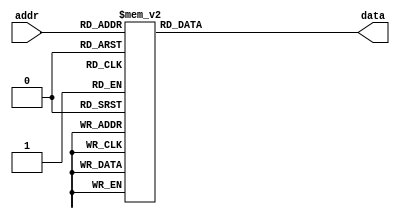
`timescale 1ns / 1ps
//////////////////////////////////////////////////////////////////////////////////
// Company: 
// Engineer: 
// 
// Design Name: 
// Module Name:    vgachr 
// Project Name: 
// Target Devices: 
// Tool versions: 
// Description: 
//
// Dependencies: 
//
// Revision: 
// Revision 0.01 - File Created
// Additional Comments: 
//
// Simulation plugs exist in this code. Look for "????? SIMULATION PLUG"
//
// Debug plugs exist in this code. Look for "????? DEBUG PLUG"
//
//////////////////////////////////////////////////////////////////////////////////

////////////////////////////////////////////////////////////////////////////////
//
// TERMINAL EMULATOR
//
// Emulates an ADM 3A dumb terminal, with a MITS serial I/O board interface.
// Two ports are emulated:
//
// 0: Control
// 1: Data
//
// The MITS serial card has all of its configuration performed by jumpers on the
// card, which means there is no programming configuration required. The data
// to the terminal is sent out of the data port, while the data from the 
// keyboard, which is not yet implemented, is read from the same data port.
// The parity is ignored on output, and set to 0 on input.
//
// The control register ignores all writes, and returns $80 if the terminal is
// busy, otherwise $00. This is the output ready to send bit. The busy bit
// reflects if the state machine is processing an operation. This is a cheat
// that only works with our emulated terminal/serial board pair, because 
// normally there is no way for the local CPU to know that the remote terminal
// is busy. This can lead to problems in the real world, and it's why Unix
// "termcap" terminal descriptions commonly have waiting periods perscribed
// time consuming operations like screen clear. This emulated terminal is
// "ideal" in that it accounts for all of this automatically, but it does not
// hurt the realisim of the emulation. An application that performs delays based
// on real terminal operations won't be incorrect because it performs a delay,
// but a stupid application that relies on this "smart" implementation might
// fail to run on the real thing.
//
// The ADM 3A terminal emulation is based on "ADM-3A Operators manual" of 1979,
// and "ADM 3A Dumb Terminal Users Reference Manual" of April, 1986, and the
// Unix termcap definition of the terminal.
//
// Several actions of terminals are typically not listed in the documentation,
// and the ADM 3A is no different. That's why termcap exists. The following
// actions were derived from the termcap definition:
//
// 1. The screen clear command also homes the cursor.
// 2. Giving the terminal a right cursor command while at the right side of the
// 3. Screen wraps the cursor around to the right, one line down. If the cursor
//    is at the 80th collumn of the 24th line, it will then scroll.
// 4. Down cursor (line feed) on the 24th line scrolls the screen.
//
// Note that rule (3) causes the terminal to be unable to ever write a character
// to the collumn 80 character of line 24, which is interesting if you are
// writing a full screen editor. The ADM 3A had a switch for this behavior, but
// the user could hardly be expected to open the side panel and flip this switch
// to be able to edit.
//
// The following actions are unknown:
//
// 1. A cursor left command given when the cursor is at the left side of the 
//    screen has unknown effect. According to termcap, it is not to go to the
//    end of the next line up. I have guessed here that it is to simply
//    refuse to move.
// 2. A cursor up command given when the cursor is at the top of the screen
//    has unknown effect. I have guessed here that is is to simply refuse to
//    move.
//
// These are terminal features there are no plans to implement:
//
// 1. ENQ or answerback mode. This appears to require operator setup, the manual
// does not specify any useful default value for the 32 byte answerback, 
// otherwise it might serve as sort of an early plug and play. If there is an
// application out there that uses this, I would put it in.
// 2. Bell (where would it go?).
// 3. Ctrl-N and Ctrl-O keyboard locking and extention port. I'm not sure 
// locking has a good use, nor is all that great an idea.
// 4. Any of the setup modes or features, as operated by the keyboard.
//
// Not implemented in this version:
//
// 1. Reduced intensity mode.
// 2. Graphics mode.
//
// The ADM 3A terminal will pretty much serve as an upward compatible version
// of the ASR-33 teletypes (Western Union Surplus) that were also commonly used
// in the time of the Altair. The ADM 3A was a common replacement for such
// units.
//
// Bugs/problems/issues:
//
// 1. The emulation was occasionally observed to hang. The CPU was still running
// and polling the keyboard, but no reply is received when keys are hit. The rdy
// signal is not coming from the low level keyboard logic.
// 2. Cursor left at left hand side does not refuse to move (see above).
// 3. moving to the 80th collum on line 24 and typing a character does not cause
// the screen to scroll.
// 4. On sign-on, the first two characters are missing the top row. I suspect
// this is due to the start of frame character preloading that is done.
// 5. \ESCGc or set attributes does not work from the keyboard unless you hit
// caps lock or hold the shift key down before and after the escape. It should
// work anytime the upper case G is hit.
//

//
// Terminal height and width
//
`define scnchrs 80 // width
`define scnlins 24 // height

//
// Terminal states
//
`define term_idle    5'h00 // idle
`define term_wrtstd2 5'h01 // write standard character #2
`define term_wrtstd3 5'h02 // write standard character #3
`define term_wrtstd4 5'h03 // write standard character #4
`define term_clear   5'h04 // clear screen and home cursor
`define term_clear2  5'h05 // clear screen and home cursor #2
`define term_clear3  5'h06 // clear screen and home cursor #3
`define term_clear4  5'h07 // clear screen and home cursor #4
`define term_fndstr  5'h08 // find start of current line
`define term_scroll  5'h09 // scroll screen
`define term_scroll1 5'h0a // scroll screen #1
`define term_scroll2 5'h0b // scroll screen #2
`define term_scroll3 5'h0c // scroll screen #3
`define term_scroll4 5'h0d // scroll screen #4
`define term_scroll5 5'h0e // scroll screen #5
`define term_scroll6 5'h0f // scroll screen #6
`define term_esc     5'h10 // escape
`define term_poscur  5'h11 // position cursor
`define term_poscur2 5'h12 // position cursor #2
`define term_attset  5'h13 // set screen attributes

//
// Terminal attribute bits
//
`define attr_blank   5'b00001 // blank
`define attr_blink   5'b00010 // blink
`define attr_reverse 5'b00100 // reverse
`define attr_under   5'b01000 // underline
`define attr_rinten  5'b10000 // reduced intensity

module scnrom(addr, data);

   input  [7:0] addr;
   output [7:0] data;

   reg [7:0]  data;

   always @(addr) case (addr)

      8'h00: data = 8'h00; // 
      8'h01: data = 8'h00; // f9
      8'h02: data = 8'h00; // 
      8'h03: data = 8'h00; // f5
      8'h04: data = 8'h00; // f3
      8'h05: data = 8'h00; // f1
      8'h06: data = 8'h00; // f2
      8'h07: data = 8'h00; // f12
      8'h08: data = 8'h00; // 
      8'h09: data = 8'h00; // f10
      8'h0A: data = 8'h00; // f8
      8'h0B: data = 8'h00; // f6
      8'h0C: data = 8'h00; // f4
      8'h0D: data = 8'h09; // tab
      8'h0E: data = 8'h60; // `
      8'h0F: data = 8'h00; // 
      8'h10: data = 8'h00; // 
      8'h11: data = 8'h00; // lft alt
      8'h12: data = 8'h00; // lft shift
      8'h13: data = 8'h00; // 
      8'h14: data = 8'h00; // left ctl
      8'h15: data = 8'h71; // q
      8'h16: data = 8'h31; // 1
      8'h17: data = 8'h00; // 
      8'h18: data = 8'h00; // 
      8'h19: data = 8'h00; // 
      8'h1A: data = 8'h7a; // z
      8'h1B: data = 8'h73; // s
      8'h1C: data = 8'h61; // a
      8'h1D: data = 8'h77; // w
      8'h1E: data = 8'h32; // 2
      8'h1F: data = 8'h00; // 
      8'h20: data = 8'h00; // 
      8'h21: data = 8'h63; // c
      8'h22: data = 8'h78; // x
      8'h23: data = 8'h64; // d
      8'h24: data = 8'h65; // e
      8'h25: data = 8'h34; // 4
      8'h26: data = 8'h33; // 3
      8'h27: data = 8'h00; // 
      8'h28: data = 8'h00; // 
      8'h29: data = 8'h20; // sp
      8'h2A: data = 8'h76; // v
      8'h2B: data = 8'h66; // f
      8'h2C: data = 8'h74; // t
      8'h2D: data = 8'h72; // r
      8'h2E: data = 8'h35; // 5
      8'h2F: data = 8'h00; // 
      8'h30: data = 8'h00; // 
      8'h31: data = 8'h6e; // n
      8'h32: data = 8'h62; // b
      8'h33: data = 8'h68; // h
      8'h34: data = 8'h67; // g
      8'h35: data = 8'h79; // y
      8'h36: data = 8'h36; // 6
      8'h37: data = 8'h00; // 
      8'h38: data = 8'h00; // 
      8'h39: data = 8'h00; // 
      8'h3A: data = 8'h6d; // m
      8'h3B: data = 8'h6a; // j
      8'h3C: data = 8'h75; // u
      8'h3D: data = 8'h37; // 7
      8'h3E: data = 8'h38; // 8
      8'h3F: data = 8'h00; // 
      8'h40: data = 8'h00; // 
      8'h41: data = 8'h2c; // ,
      8'h42: data = 8'h6b; // k
      8'h43: data = 8'h69; // i
      8'h44: data = 8'h6f; // o
      8'h45: data = 8'h30; // 0
      8'h46: data = 8'h39; // 9
      8'h47: data = 8'h00; // 
      8'h48: data = 8'h00; // 
      8'h49: data = 8'h2e; // .
      8'h4A: data = 8'h2f; // /
      8'h4B: data = 8'h6c; // l
      8'h4C: data = 8'h3b; // ;
      8'h4D: data = 8'h70; // p
      8'h4E: data = 8'h2d; // -
      8'h4F: data = 8'h00; // 
      8'h50: data = 8'h00; // 
      8'h51: data = 8'h00; // 
      8'h52: data = 8'h27; // '
      8'h53: data = 8'h00; // 
      8'h54: data = 8'h5b; // [
      8'h55: data = 8'h3d; // =
      8'h56: data = 8'h00; // 
      8'h57: data = 8'h00; // 
      8'h58: data = 8'h00; // caps lock
      8'h59: data = 8'h00; // rgt shift
      8'h5A: data = 8'h0D; // ent
      8'h5B: data = 8'h5d; // ]
      8'h5C: data = 8'h00; // 
      8'h5D: data = 8'h5c; // \
      8'h5E: data = 8'h00; // 
      8'h5F: data = 8'h00; // 
      8'h60: data = 8'h00; // 
      8'h61: data = 8'h00; // 
      8'h62: data = 8'h00; // 
      8'h63: data = 8'h00; // 
      8'h64: data = 8'h00; // 
      8'h65: data = 8'h00; // 
      8'h66: data = 8'h08; // bcksp
      8'h67: data = 8'h00; // 
      8'h68: data = 8'h00; // 
      8'h69: data = 8'h31; // 1
      8'h6A: data = 8'h00; // 
      8'h6B: data = 8'h34; // 4
      8'h6C: data = 8'h37; // 7
      8'h6D: data = 8'h00; // 
      8'h6E: data = 8'h00; // 
      8'h6F: data = 8'h00; // 
      8'h70: data = 8'h30; // 0
      8'h71: data = 8'h2e; // .
      8'h72: data = 8'h32; // 2
      8'h73: data = 8'h35; // 5
      8'h74: data = 8'h36; // 6
      8'h75: data = 8'h38; // 8
      8'h76: data = 8'h1B; // esc
      8'h77: data = 8'h00; // num lock
      8'h78: data = 8'h00; // f11
      8'h79: data = 8'h2b; // +
      8'h7A: data = 8'h33; // 3
      8'h7B: data = 8'h2d; // -
      8'h7C: data = 8'h2a; // -
      8'h7D: data = 8'h39; // 9
      8'h7E: data = 8'h00; // scl lock
      8'h7F: data = 8'h00; // 
      8'h80: data = 8'h00; // 
      8'h81: data = 8'h00; // 
      8'h82: data = 8'h00; // 
      8'h83: data = 8'h00; // f7
      8'h84: data = 8'h00; // 
      8'h85: data = 8'h00; // 
      8'h86: data = 8'h00; // 
      8'h87: data = 8'h00; // 
      8'h88: data = 8'h00; // 
      8'h89: data = 8'h00; // 
      8'h8A: data = 8'h00; // 
      8'h8B: data = 8'h00; // 
      8'h8C: data = 8'h00; // 
      8'h8D: data = 8'h00; // 
      8'h8E: data = 8'h00; // 
      8'h8F: data = 8'h00; // 

      default data = 8'b00000000; // blank
   
   endcase
   
endmodule